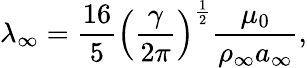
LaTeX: \lambda_{\infty}=\frac{16}{5}\left(\frac{\gamma}{2\pi}\right)^{\frac{1}{2}}\frac{\mu_{0}}{\rho_{\infty}a_{\infty}},